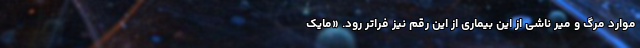
موارد مرگ و میر ناشی از این بیماری از این رقم نیز فراتر رود. «مایک